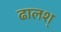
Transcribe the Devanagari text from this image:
ढालश्